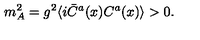
m _ { A } ^ { 2 } = g ^ { 2 } \langle i \bar { C } ^ { a } ( x ) C ^ { a } ( x ) \rangle > 0 .